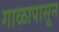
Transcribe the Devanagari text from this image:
गाळापासून